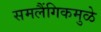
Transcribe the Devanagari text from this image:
समलैंगिकमुळे